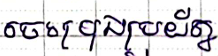
ចេះប្រុងប្រយ័ត្ន